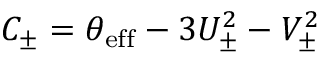
C _ { \pm } = \theta _ { \mathrm { e f f } } - 3 U _ { \pm } ^ { 2 } - V _ { \pm } ^ { 2 }